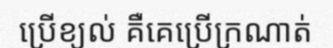
ប្រើខ្យល់ គឺគេប្រើក្រណាត់